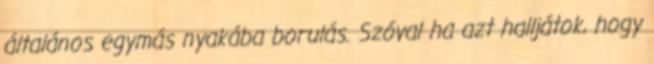
általános egymás nyakába borulás. Szóval ha azt halljátok, hogy